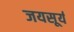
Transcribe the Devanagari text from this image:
जयसूर्य